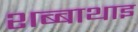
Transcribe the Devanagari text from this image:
शब्बाथाइ